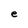
Character: e